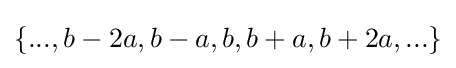
\{...,b-2a,b-a,b,b+a,b+2a,...\}